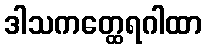
ဒါသကတ္ထေရဂါထာ